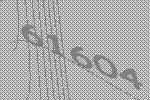
61604